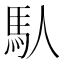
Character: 𩡮